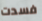
فسدت